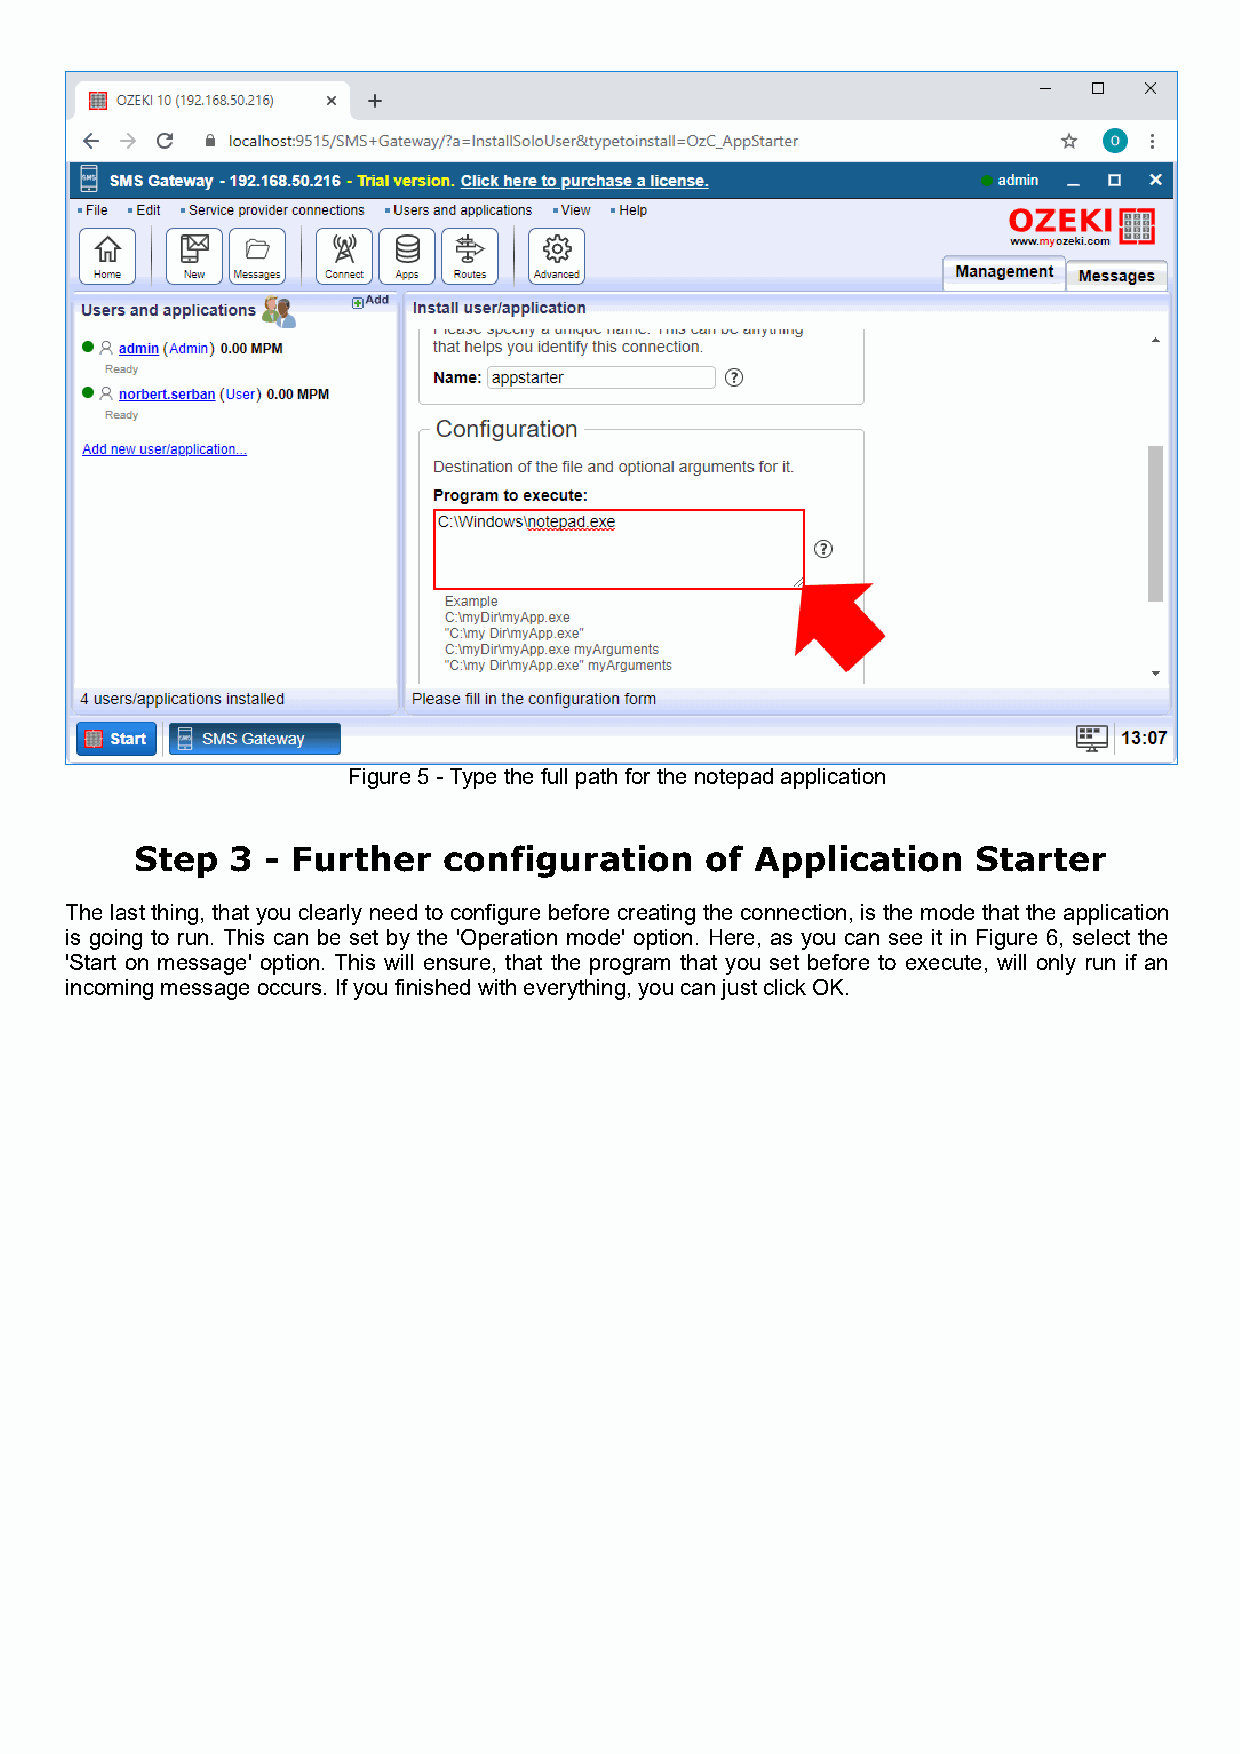
Figure 5 - Type the full path for the notepad application
 Step  3  - Further  configuration     of Application    Starter
 The last thing, that you clearly need to configure before creating the connection, is the mode that the application
 is going to run. This can be set by the 'Operation mode' option. Here, as you can see it in Figure 6, select the
 'Start on message' option. This will ensure, that the program that you set before to execute, will only run if an
 incoming message occurs. If you finished with everything, you can just click OK.